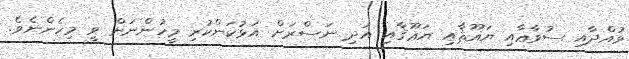
ވުއްދާއި ސުވާޢާއި ޔަޣޫޘާއި ޔަޢޫޤާއި އަދި ނަސްރަށް އަޅުކަންކުރި މީހުންނަށް ވީ މިހެންނެވެ.